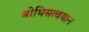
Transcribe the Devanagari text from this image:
बोधिसत्वयान